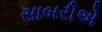
સાબરીએ